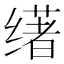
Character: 𬙅